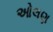
ઓલણ